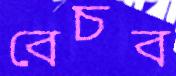
বেচব